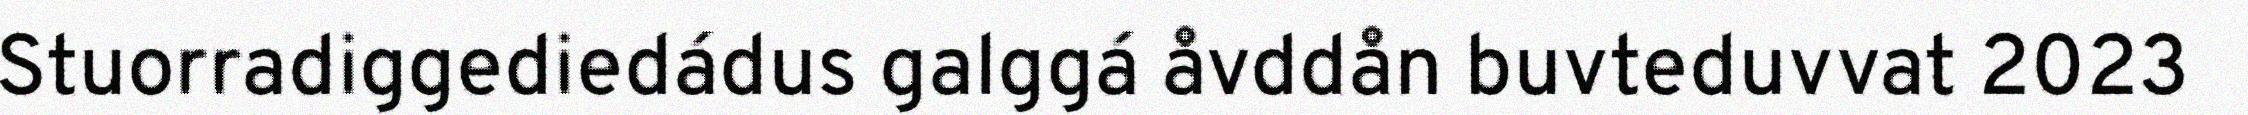
Stuorradiggediedádus galggá åvddån buvteduvvat 2023